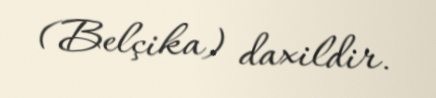
(Belçika) daxildir.